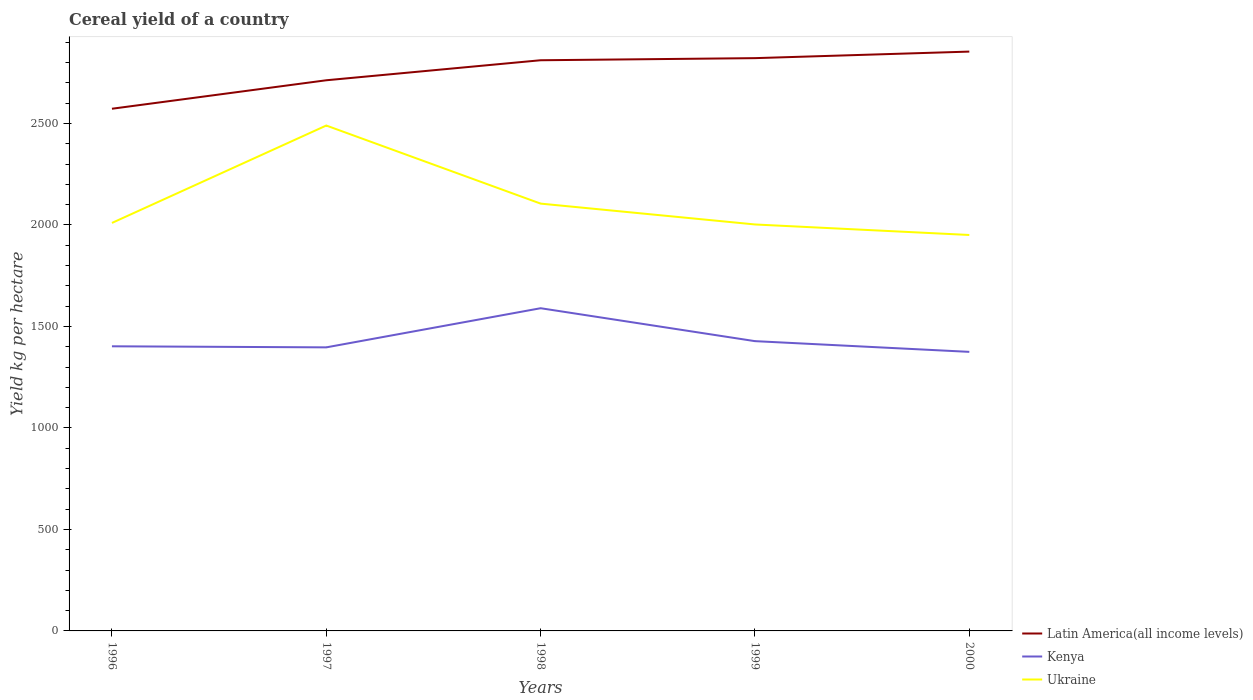
| Years | Latin America(all income levels) | Kenya | Ukraine |
 | --- | --- | --- | --- |
 | 1996 | 2.57e+03 | 1.4e+03 | 2.01e+03 |
 | 1997 | 2.71e+03 | 1.4e+03 | 2.49e+03 |
 | 1998 | 2.81e+03 | 1.59e+03 | 2.11e+03 |
 | 1999 | 2.82e+03 | 1.43e+03 | 2e+03 |
 | 2000 | 2.85e+03 | 1.37e+03 | 1.95e+03 |